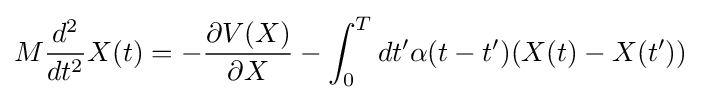
M{\frac {d^{2}}{dt^{2}}}X(t)=-{\frac {\partial V(X)}{\partial X}}-\int _{0}^{T}dt'\alpha (t-t')(X(t)-X(t'))